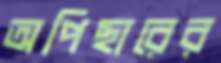
অপিছারের